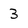
Character: 3